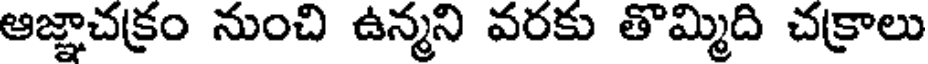
ఆజ్ఞాచక్రం నుంచి ఉన్మని వరకు తొమ్మిది చక్రాలు